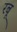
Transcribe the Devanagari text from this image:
रबू